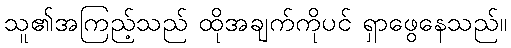
သူ၏အကြည့်သည် ထိုအချက်ကိုပင် ရှာဖွေနေသည်။